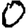
Digit: 0